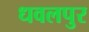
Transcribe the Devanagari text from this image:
धवलपुर